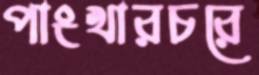
পাংখারচরে